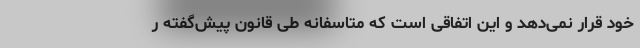
خود قرار نمی‌دهد و این اتفاقی است که متاسفانه طی قانون پیش‌گفته ر